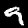
Label: 9